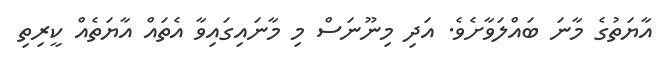
އާޔަތުގެ މާނަ ބައްލަވާށެވެ. އަދި މިނޫނަސް މި މާނައިގައިވާ އެތައް އާޔަތެއް ކީރިތި